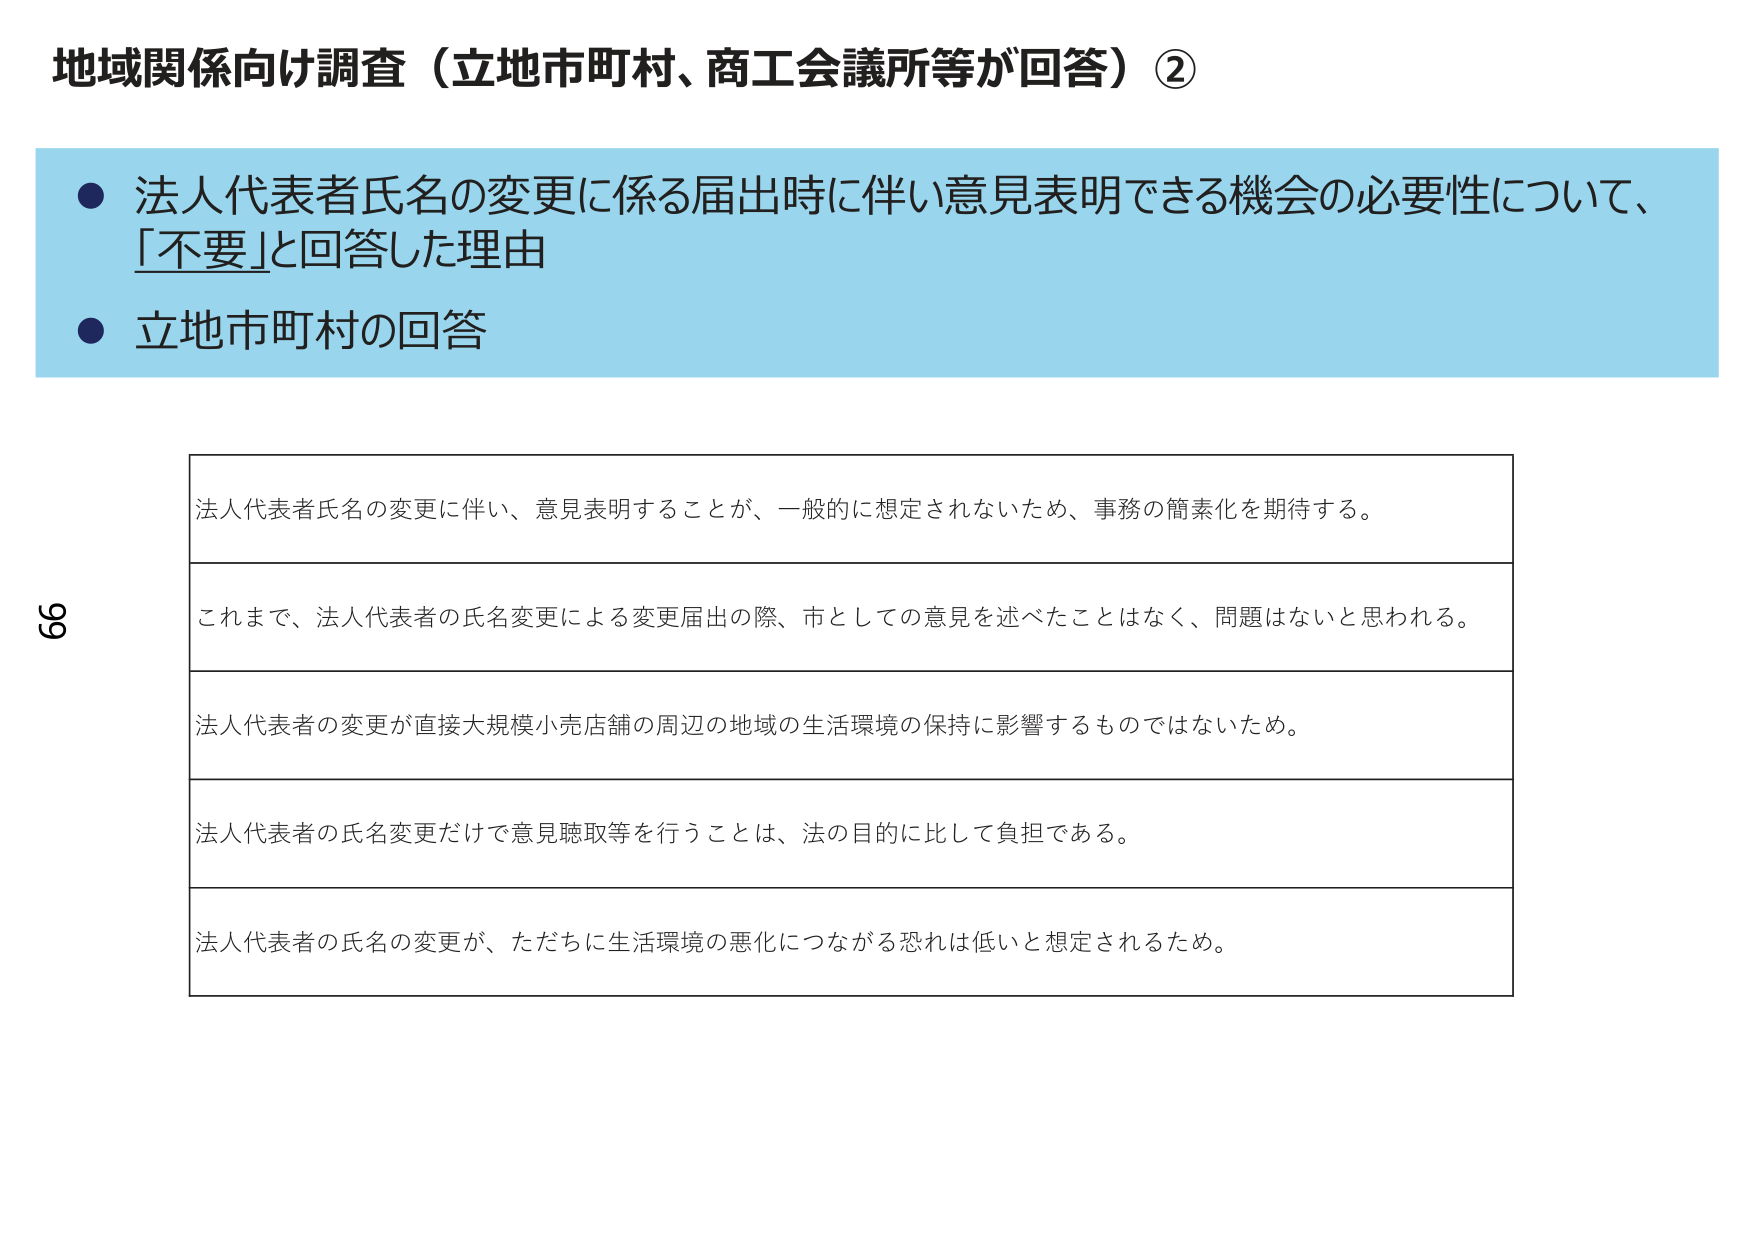
地域関係向け調査（立地市町村、商工会議所等が回答）②

● 法人代表者氏名の変更に係る届出時に伴い意見表明できる機会の必要性について、「不要」と回答した理由
● 立地市町村の回答

法人代表者氏名の変更に伴い、意見表明することが、一般的に想定されないため、事務の簡素化を期待する。

これまで、法人代表者の氏名変更による変更届出の際、市としての意見を述べたことはなく、問題はないと思われる。

法人代表者の変更が直接大規模小売店舗の周辺の地域の生活環境の保持に影響するものではないため。

法人代表者の氏名変更だけで意見聴取等を行うことは、法の目的に比して負担である。

法人代表者の氏名の変更が、ただちに生活環境の悪化につながる恐れは低いと想定されるため。

69